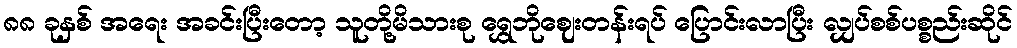
၈၈ ခုနှစ် အရေး အခင်းပြီးတော့ သူတို့မိသားစု ရွှေဘိုဈေးတန်းရပ် ပြောင်းလာပြီး လျှပ်စစ်ပစ္စည်းဆိုင်